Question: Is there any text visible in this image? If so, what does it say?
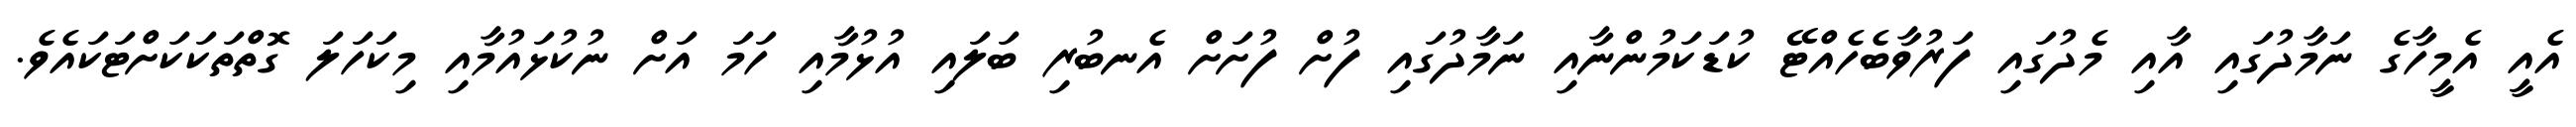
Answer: އެއީ އެމީހާގެ ނަމާދުގައި އާއި މެދުގައި ފަރުވާބެހެއްޓޭ ކުޑަކަމުންނާއި ނަމާދުގައި ފުށް ފުށަށް އެނބުރި ބަލައި އުޅުމާއި ހަމަ އަށް ނުކުޅައުމާއި މިކަހަލަ ގޮތްތަކަކަށްޓަކައެވެ.